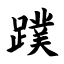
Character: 蹼